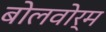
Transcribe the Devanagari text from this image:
बोलवोर्म